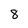
Character: 8